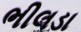
ભીલડા